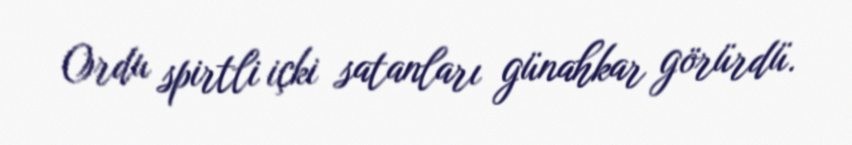
Ordu spirtli içki satanları günahkar görürdü.